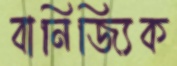
বানিজ্যিক